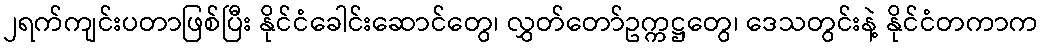
၂ရက်ကျင်းပတာဖြစ်ပြီး နိုင်ငံခေါင်းဆောင်တွေ၊ လွှတ်တော်ဥက္ကဋ္ဌတွေ၊ ဒေသတွင်းနဲ့ နိုင်ငံတကာက